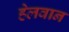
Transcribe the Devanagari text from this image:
हेलवान